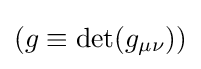
(g\equiv \det(g_{\mu \nu }))